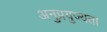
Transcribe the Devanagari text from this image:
अनुप्रयुज्यता